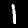
Digit: 1